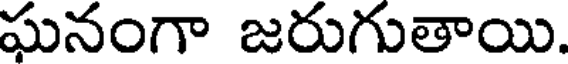
ఘనంగా జరుగుతాయి.